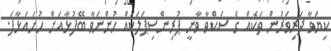
ކިޔަވާ ދަރިވަރުން ތަކެއް ގެ ސަކްވާ ވާނީ ޕުރިންސިޕަލަކައް ހުންނަވާ ބޭފުޅާއަށް ހުށައަޅާފަ.